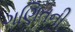
ગણિતની